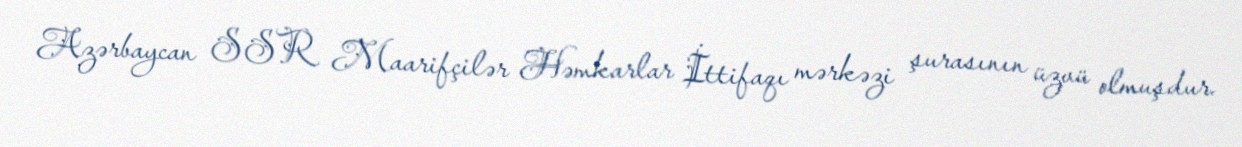
Azərbaycan SSR Maarifçilər Həmkarlar İttifaqı mərkəzi şurasının üzvü olmuşdur.